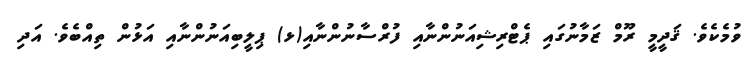
ވުމެކެވެ. ޤަދީމީ ރޫމް ޒަމާނުގައި ޕެޓްރިޝިއަނުންނާއި ފުރްސާނުންނާއި(ޅ) ޕިލީބިއަނުންނާއި އަޅުން ތިއްބެވެ. އަދި